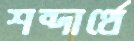
শব্দার্থে